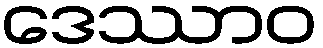
ဒေဿာဝ